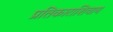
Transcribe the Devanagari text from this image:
प्रतिकाराशिवाय